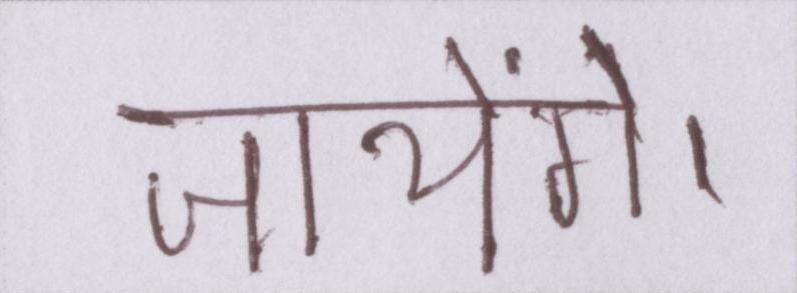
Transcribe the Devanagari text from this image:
जायेंगे।